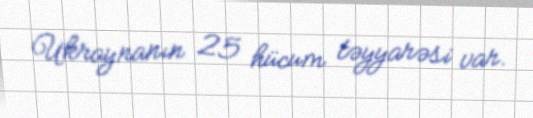
Ukraynanın 25 hücum təyyarəsi var.